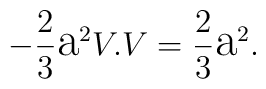
-\frac{2}{3}\hbox{\Large a}^{2}V.V=\frac{2}{3}\hbox{\Large a}^{2}.